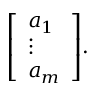
{ \left[ \begin{array} { l } { a _ { 1 } } \\ { \vdots } \\ { a _ { m } } \end{array} \right] } .